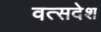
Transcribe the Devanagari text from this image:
वत्सदेश